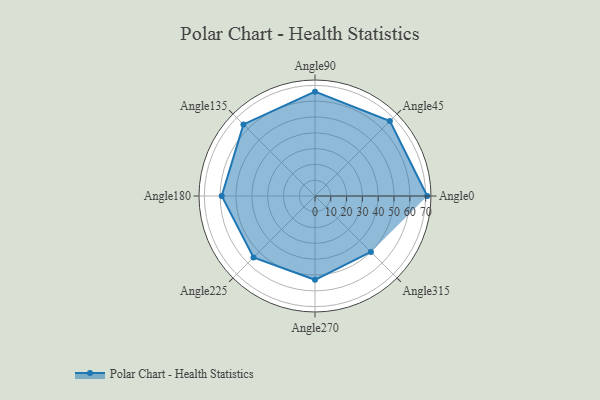
{"axis": {"x": "Angle", "y": "Radius"}, "legend": [""], "data": [{"x": "Angle0", "y": 71.0, "type": ""}, {"x": "Angle45", "y": 67.0, "type": ""}, {"x": "Angle90", "y": 66.0, "type": ""}, {"x": "Angle135", "y": 64.0, "type": ""}, {"x": "Angle180", "y": 59.0, "type": ""}, {"x": "Angle225", "y": 55.0, "type": ""}, {"x": "Angle270", "y": 53.0, "type": ""}, {"x": "Angle315", "y": 50, "type": ""}]}